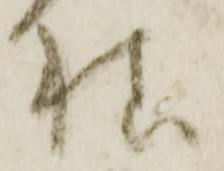
様